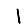
Digit: 1